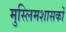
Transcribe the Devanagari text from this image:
मुस्लिमशासकों